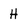
Character: H